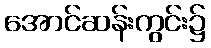
အောင်ဆန်းကွင်း၌